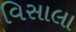
વિસાલા